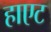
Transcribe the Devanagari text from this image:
हाएट